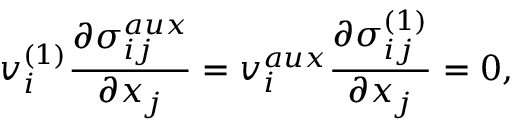
v _ { i } ^ { ( 1 ) } \frac { \partial \sigma _ { i j } ^ { a u x } } { \partial x _ { j } } = v _ { i } ^ { a u x } \frac { \partial \sigma _ { i j } ^ { ( 1 ) } } { \partial x _ { j } } = 0 ,